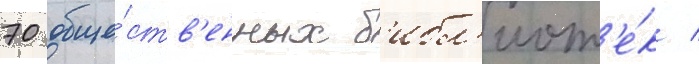
70 обще́ств'енных б'ибл'иот'е́к /